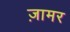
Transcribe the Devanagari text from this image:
ज़ामर